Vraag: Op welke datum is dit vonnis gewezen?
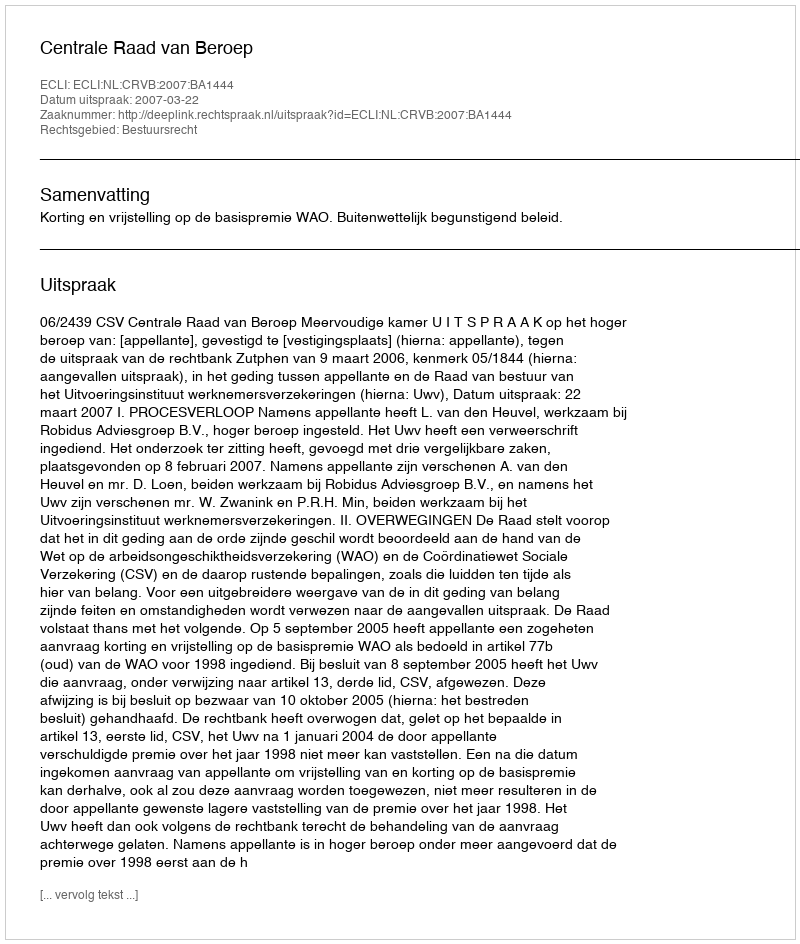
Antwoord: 2007-03-22